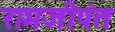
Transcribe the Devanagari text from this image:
रामजीपंत